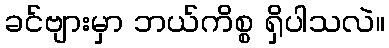
ခင်ဗျားမှာ ဘယ်ကိစ္စ ရှိပါသလဲ။